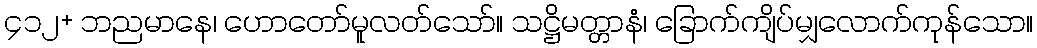
၄၁၂+ ဘညမာနေ၊ ဟောတော်မူလတ်သော်။ သဋ္ဌိမတ္တာနံ၊ ခြောက်ကျိပ်မျှလောက်ကုန်သော။